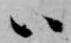
ハ